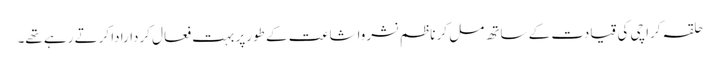
حلقہ کراچی کی قیادت کے ساتھ مل کر ناظم نشرواشاعت کے طورپر بہت فعال کردارادا کرتے رہے تھے۔